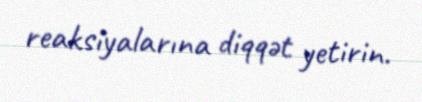
reaksiyalarına diqqət yetirin.